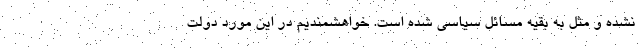
نشده و مثل به بقیه مسائل سیاسی شده است. خواهشمندیم در این مورد دولت